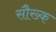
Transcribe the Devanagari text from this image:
सौख्क